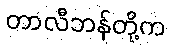
တာလီဘန်တို့က